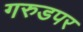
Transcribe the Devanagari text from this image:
गरुडपर